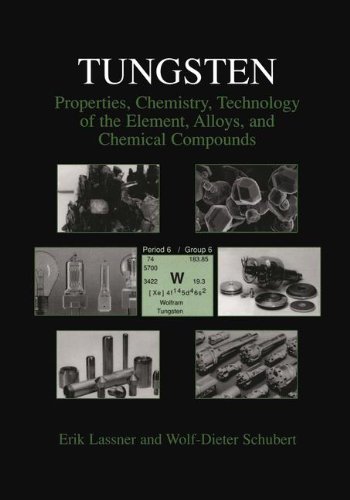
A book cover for Tungsten: Properties, Chemistry, Technology of the Element, Alloys, and Chemical Compounds; Erik Lassner; Science & Math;